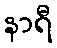
နာရီ